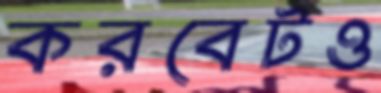
করবেটও